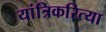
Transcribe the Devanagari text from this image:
यांत्रिकरित्या